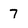
Character: 7